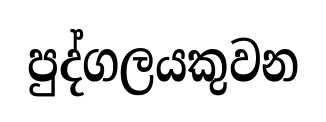
පුද්ගලයකුවන